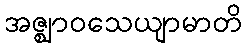
အဇ္ဈာဝသေယျာမာတိ